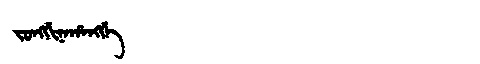
Manchu: ᠵᠣᠩᡤᡳᠨᠠᡥᠠᠩᡤᡝ
Romanization: JONGGINAHANGGE